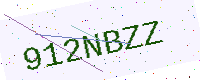
Text: 912NBZZ